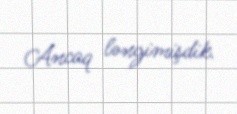
Ancaq ləngimişdik.